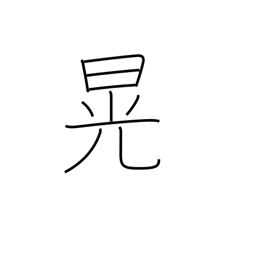
Meaning: clear